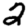
Digit: 2